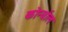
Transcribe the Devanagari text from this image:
कोर्न्वाल